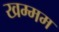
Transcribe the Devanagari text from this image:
खम्‍मम